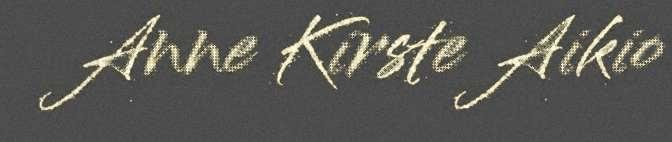
Anne Kirste Aikio